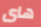
هاى